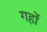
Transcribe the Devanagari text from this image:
गहों